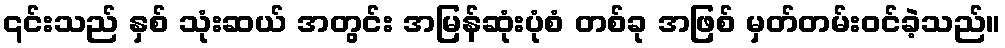
၎င်းသည် နှစ် သုံးဆယ် အတွင်း အမြန်ဆုံးပုံစံ တစ်ခု အဖြစ် မှတ်တမ်းဝင်ခဲ့သည်။